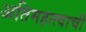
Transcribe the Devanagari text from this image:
अतिमहत्त्वाची